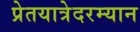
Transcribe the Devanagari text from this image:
प्रेतयात्रेदरम्यान